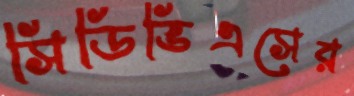
সিডিভিএসের